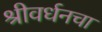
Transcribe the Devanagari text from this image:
श्रीवर्धनचा